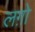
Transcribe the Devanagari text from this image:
लग़ो